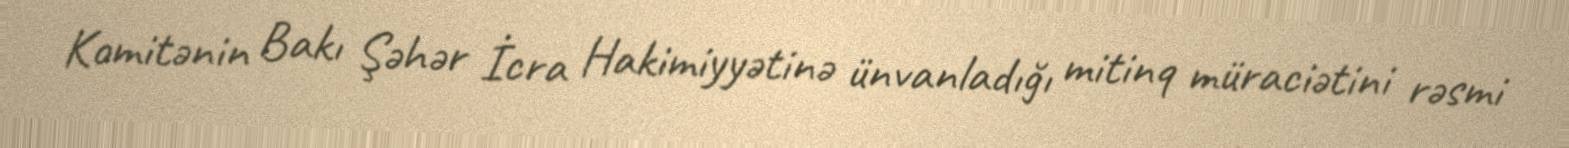
Komitənin Bakı Şəhər İcra Hakimiyyətinə ünvanladığı mitinq müraciətini rəsmi